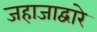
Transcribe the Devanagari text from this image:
जहाजाद्वारे